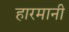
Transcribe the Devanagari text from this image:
हारमानी